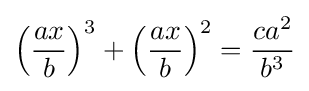
\left({\frac {ax}{b}}\right)^{3}+\left({\frac {ax}{b}}\right)^{2}={\frac {ca^{2}}{b^{3}}}